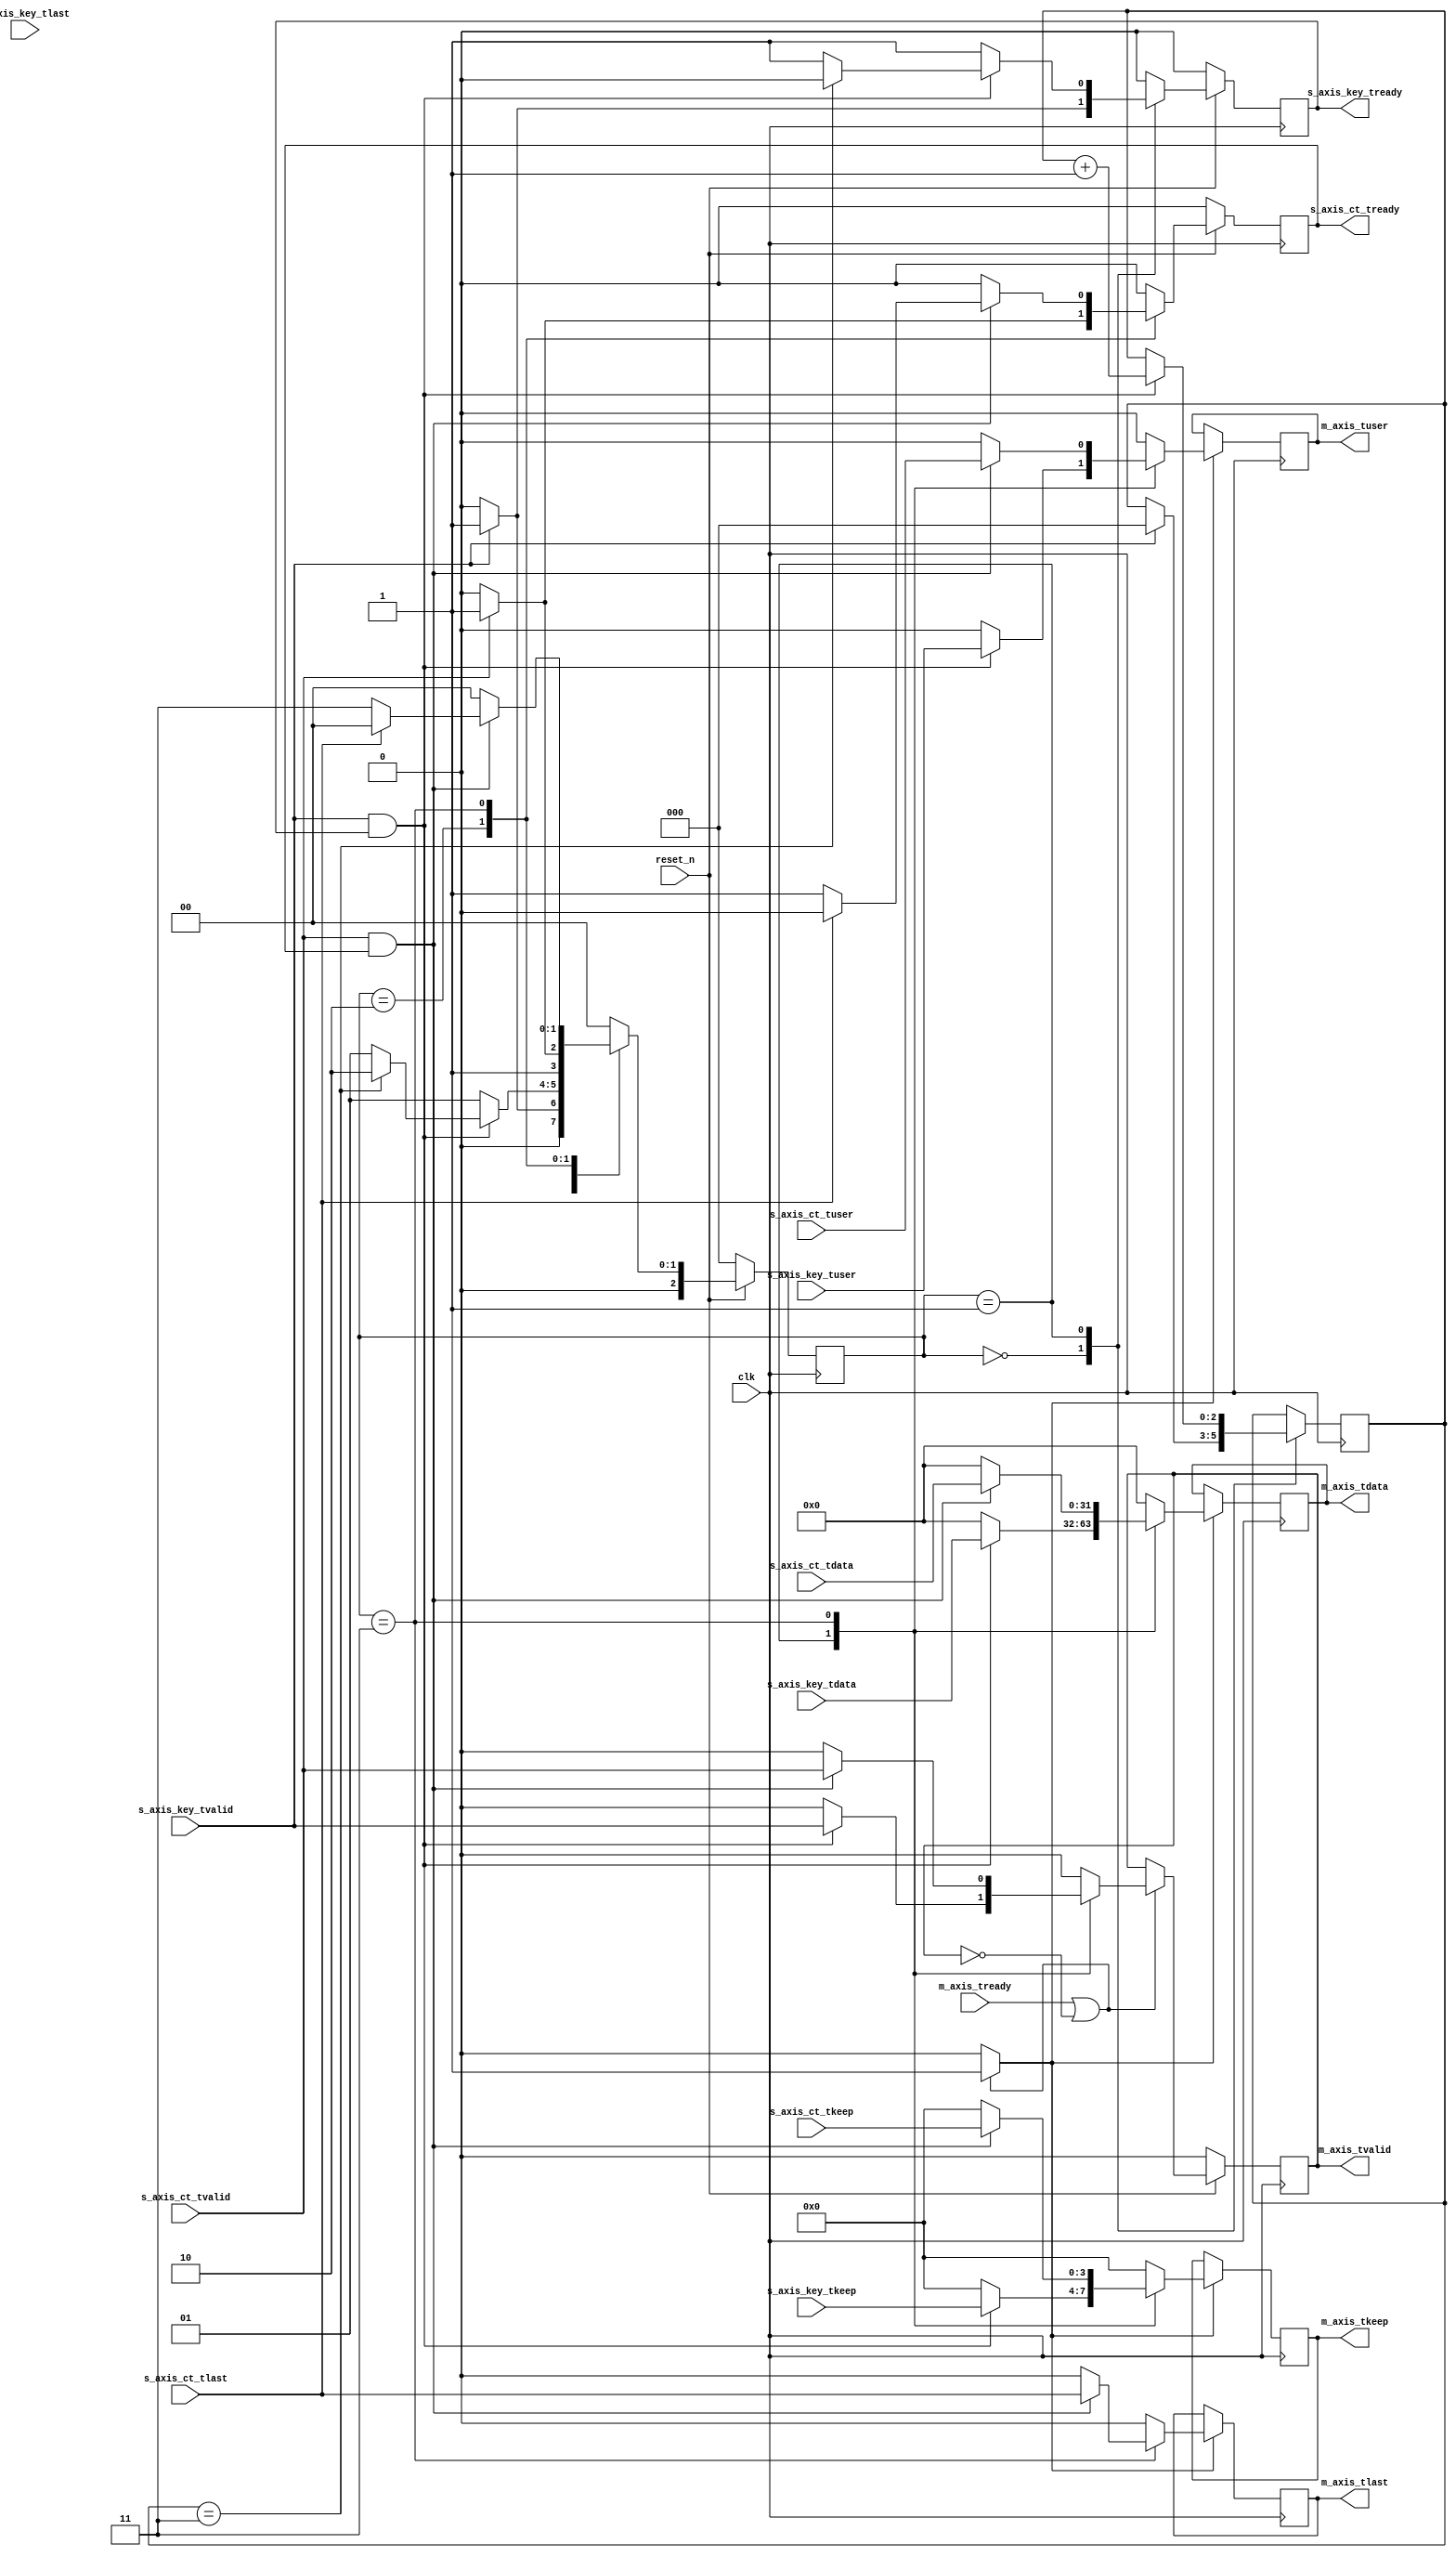
`default_nettype none

module key_ct_rx_test
(
  // Clock and reset
  input wire         clk,
  input wire         reset_n, // active low reset

  // AXI input for key
  input  wire [31:0] s_axis_key_tdata,
  input  wire [3:0]  s_axis_key_tkeep,
  input  wire        s_axis_key_tvalid,
  output wire        s_axis_key_tready,
  input  wire        s_axis_key_tlast,
  input  wire        s_axis_key_tuser,

  // AXI input for ciphertext
  input  wire [31:0] s_axis_ct_tdata,
  input  wire [3:0]  s_axis_ct_tkeep,
  input  wire        s_axis_ct_tvalid,
  output wire        s_axis_ct_tready,
  input  wire        s_axis_ct_tlast,
  input  wire        s_axis_ct_tuser,

  // AXI output
  output wire [31:0] m_axis_tdata,
  output wire [3:0]  m_axis_tkeep,
  output wire        m_axis_tvalid,
  input  wire        m_axis_tready,
  output wire        m_axis_tlast,
  output wire        m_axis_tuser
);

  localparam [2:0]
    STATE_IDLE = 3'd0,
    STATE_READ_KEY = 3'd1,
    STATE_WAIT_PAYLOAD = 3'd2,
    STATE_READ_CIPHERTEXT = 3'd3;

  reg [2:0] state_reg = STATE_IDLE, state_next;

  reg [2:0] key_word_reg = 3'b0, key_word_next;

  reg s_axis_key_tready_reg, s_axis_key_tready_next;
  reg s_axis_ct_tready_reg, s_axis_ct_tready_next;

  assign s_axis_key_tready = s_axis_key_tready_reg;
  assign s_axis_ct_tready = s_axis_ct_tready_reg;

  // internal datapath
  reg [31:0] m_axis_tdata_int;
  reg [3:0]  m_axis_tkeep_int;
  reg        m_axis_tvalid_int;
  reg        m_axis_tlast_int;
  reg        m_axis_tuser_int;

  // FSM
  always @* begin
    state_next = STATE_IDLE;
    s_axis_key_tready_next = 1'b0;
    s_axis_ct_tready_next = 1'b0;

    key_word_next = key_word_reg;

    m_axis_tdata_int = 32'd0;
    m_axis_tkeep_int = 4'd0;
    m_axis_tvalid_int = 1'b0;
    m_axis_tlast_int = 1'b0;
    m_axis_tuser_int = 1'b0;

    case (state_reg)
      STATE_IDLE: begin
        if (s_axis_key_tvalid) begin
          s_axis_key_tready_next = 1'b1;
          key_word_next = 3'b0;
          state_next = STATE_READ_KEY;
        end else begin
          state_next = STATE_IDLE;
        end
      end
      STATE_READ_KEY: begin
        if (s_axis_key_tvalid && s_axis_key_tready) begin
          key_word_next = key_word_reg + 3'd1;
          s_axis_key_tready_next = 1'b1;
          m_axis_tdata_int = s_axis_key_tdata;
          m_axis_tkeep_int = s_axis_key_tkeep;
          m_axis_tvalid_int = s_axis_key_tvalid;
          m_axis_tlast_int = 1'b0;
          m_axis_tuser_int = s_axis_key_tuser;
          if (key_word_reg == 3'd3) begin // have full key
            state_next = STATE_WAIT_PAYLOAD;
            s_axis_key_tready_next = 1'b0;
          end else begin
            state_next = STATE_READ_KEY;
          end
        end else begin
          s_axis_key_tready_next = 1'b1;
          state_next = STATE_READ_KEY;
        end
      end
      STATE_WAIT_PAYLOAD: begin
        if (s_axis_ct_tvalid) begin
          s_axis_ct_tready_next = 1;
          state_next = STATE_READ_CIPHERTEXT;
        end else begin
          state_next = STATE_WAIT_PAYLOAD;
        end
      end
      STATE_READ_CIPHERTEXT: begin
        if (s_axis_ct_tvalid && s_axis_ct_tready) begin
          s_axis_ct_tready_next = 1'b1;
          m_axis_tdata_int = s_axis_ct_tdata;
          m_axis_tkeep_int = s_axis_ct_tkeep;
          m_axis_tvalid_int = s_axis_ct_tvalid;
          m_axis_tlast_int = s_axis_ct_tlast;
          m_axis_tuser_int = s_axis_ct_tuser;
          if (s_axis_ct_tlast) begin
            s_axis_ct_tready_next = 1'b0;
            state_next = STATE_IDLE;
          end else begin
            state_next = STATE_READ_CIPHERTEXT;
          end
        end
      end
      default: begin
        state_next = STATE_IDLE;
      end
    endcase 
  end

  // Register update
  always @(posedge clk) begin
    if (!reset_n) begin
      state_reg <= STATE_IDLE;
      s_axis_key_tready_reg <= 1'b0;
      s_axis_ct_tready_reg <= 1'b0;
    end else begin
      state_reg <= state_next;
      s_axis_key_tready_reg <= s_axis_key_tready_next;
      s_axis_ct_tready_reg <= s_axis_ct_tready_next;
    end

    key_word_reg <= key_word_next;
  end

  // output datapath logic
  reg [31:0] m_axis_tdata_reg = 32'd0;
  reg [3:0]  m_axis_tkeep_reg = 4'd0;
  reg        m_axis_tvalid_reg = 1'b0, m_axis_tvalid_next;
  reg        m_axis_tlast_reg = 1'b0;
  reg        m_axis_tuser_reg = 1'b0;

  reg [31:0] temp_m_axis_tdata_reg = 32'd0;
  reg [3:0]  temp_m_axis_tkeep_reg = 4'd0;
  reg        temp_m_axis_tvalid_reg = 1'b0, temp_m_axis_tvalid_next;
  reg        temp_m_axis_tlast_reg = 1'b0;
  reg        temp_m_axis_tuser_reg = 1'b0;

  // datapath control
  reg store_int_to_output;
  reg store_int_to_temp;
  reg store_axis_temp_to_output;

  assign m_axis_tdata = m_axis_tdata_reg;
  assign m_axis_tkeep = m_axis_tkeep_reg;
  assign m_axis_tvalid = m_axis_tvalid_reg;
  assign m_axis_tlast = m_axis_tlast_reg;
  assign m_axis_tuser = m_axis_tuser_reg;

  always @* begin 
    // transfer sink ready state to source
    m_axis_tvalid_next = m_axis_tvalid_reg;
    temp_m_axis_tvalid_next = temp_m_axis_tvalid_reg;

    store_int_to_output = 1'b0;
    store_int_to_temp = 1'b0;
    store_axis_temp_to_output = 1'b0;
    
    if (m_axis_tready || !m_axis_tvalid_reg) begin
      // output is ready or not valid, transfer data to output
      m_axis_tvalid_next = m_axis_tvalid_int;
      store_int_to_output = 1'b1;
    end else begin
      // output is not ready, store input in temp
      temp_m_axis_tvalid_next = m_axis_tvalid_int;
      store_int_to_temp = 1'b1;
    end
  end

  always @(posedge clk) begin
    m_axis_tvalid_reg <= m_axis_tvalid_next;
    temp_m_axis_tvalid_reg <= temp_m_axis_tvalid_next;

    // datapath
    if (store_int_to_output) begin
      m_axis_tdata_reg <= m_axis_tdata_int;
      m_axis_tkeep_reg <= m_axis_tkeep_int;
      m_axis_tlast_reg <= m_axis_tlast_int;
      m_axis_tuser_reg <= m_axis_tuser_int;
    end else if (store_axis_temp_to_output) begin
      m_axis_tdata_reg <= temp_m_axis_tdata_reg;
      m_axis_tkeep_reg <= temp_m_axis_tkeep_reg;
      m_axis_tlast_reg <= temp_m_axis_tlast_reg;
      m_axis_tuser_reg <= temp_m_axis_tuser_reg;;
    end

    if (store_int_to_temp) begin
      temp_m_axis_tdata_reg <= m_axis_tdata_int;
      temp_m_axis_tkeep_reg <= m_axis_tkeep_int;
      temp_m_axis_tlast_reg <= m_axis_tlast_int;
      temp_m_axis_tuser_reg <= m_axis_tuser_int;
    end

    if (!reset_n) begin
      m_axis_tvalid_reg <= 1'b0;
      temp_m_axis_tvalid_reg <= 1'b0;
    end
  end

endmodule

`resetall